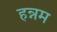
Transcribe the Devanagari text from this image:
हन्नम